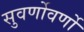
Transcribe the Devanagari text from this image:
सुवर्णोवर्णो